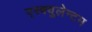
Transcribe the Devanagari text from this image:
एस्क्युलेन्टम